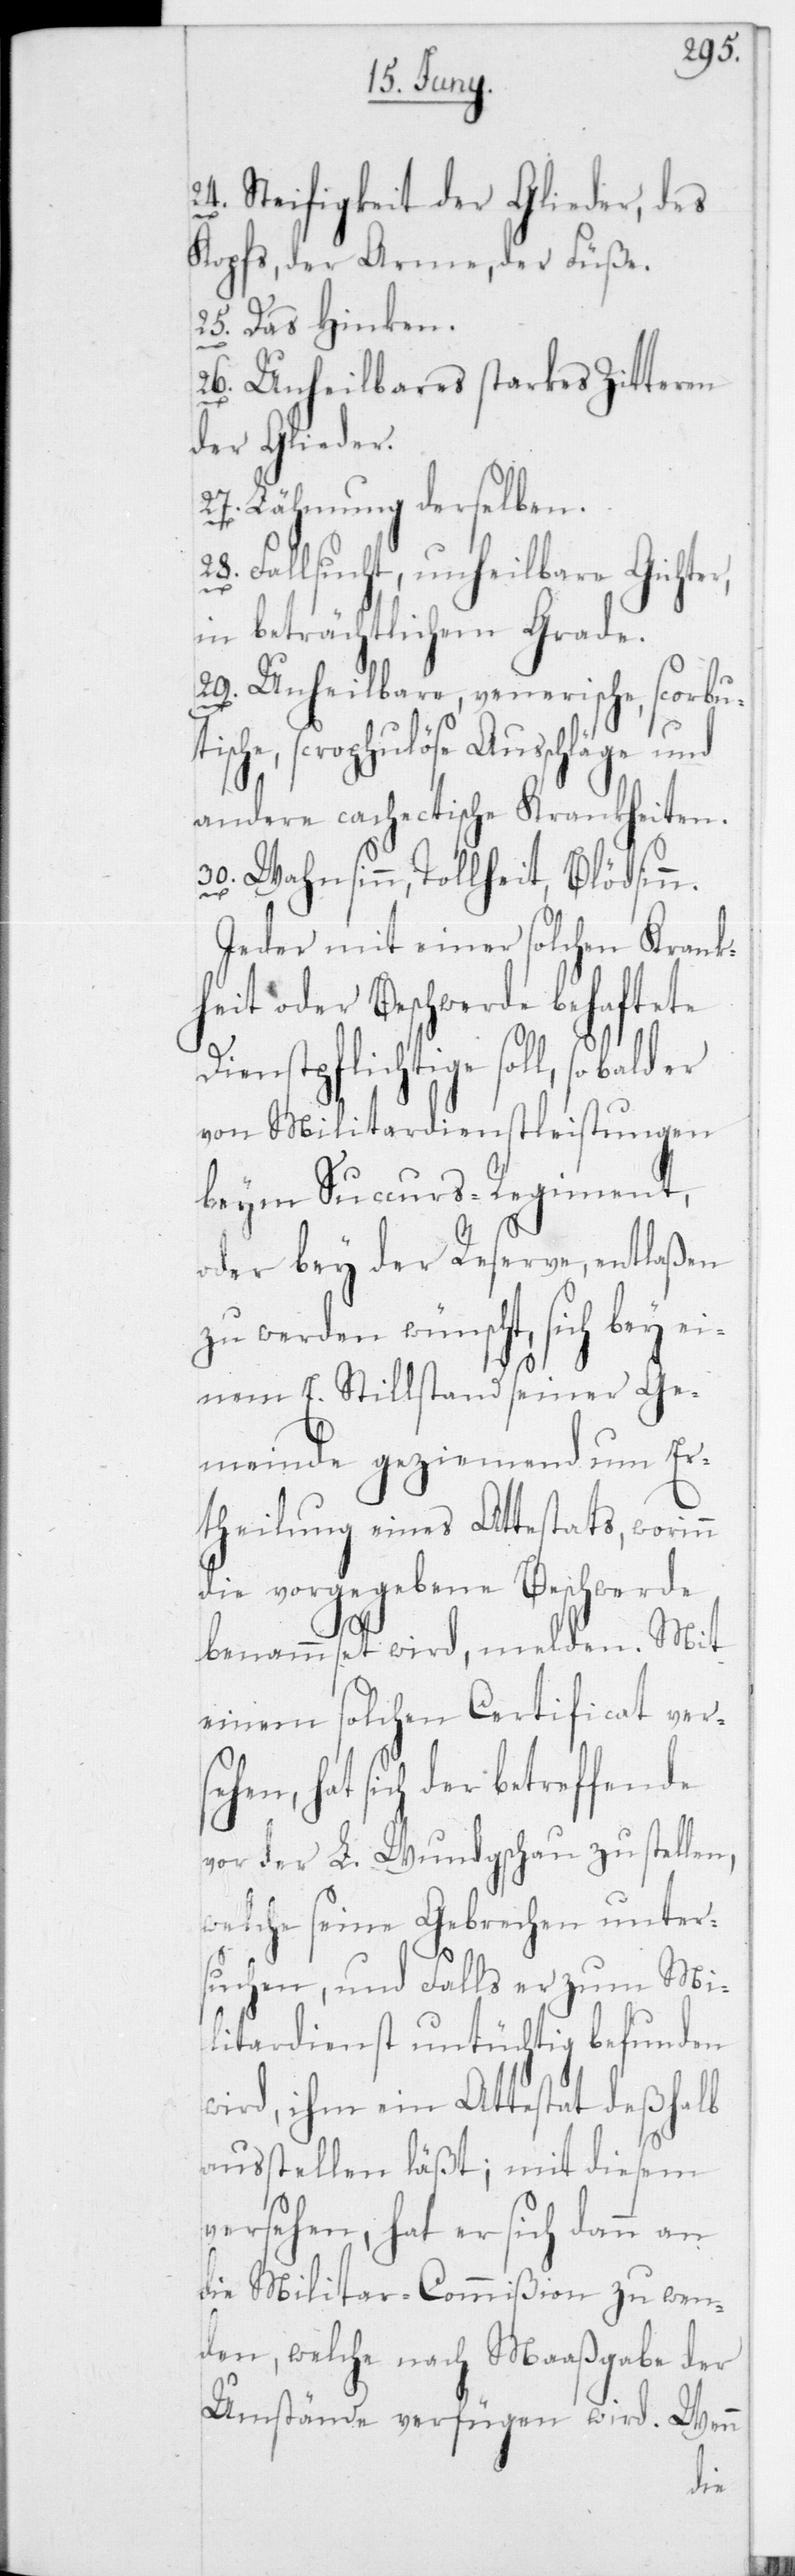
24. Steifigkeit der Glieder, des
Kopfs, der Arme, der Füße.
25. Das Hinken.
26. Unheilbares starkes Zitteren
der Glieder.
27. Lähmung derselben.
28. Fallsucht, unheilbare Gichte¬
in beträchtlichem Grade.
29. Unheilbare, venerische, scorbu¬
che, scrophulöse Ausschläge und
andere cachectische Krankheiten.
30. Wahnsinn, Tollheit, Blödsinn.
Jeder mit einer solchen Krank¬
heit oder Beschwerde behaftete
Dienstpflichtige soll, so bald
von Militardienstleistungen
beim Succurs-Regiment,
oder bey der Reserve, entlaßen
zu werden wünscht, sich bey ei¬
nem E. Stillstand seiner Ge¬
meinde geziemend um Er¬
theilung eines Attestats, worinn
die vorgegebene Beschwerde
r,
benammset wird, melden. Mit
einem solchen Certificat vers¬
ehen, hat sich der betreffende
vor der L. Wundgschau zu stellen,
welche seine Gebrechen unter¬
suchen, und falls er zum Mi¬
litardienst untüchtig befunden
wird, ihm ein Attestat deßhalb
ausstellen läßt; mit diesem
versehen, hat er sich dann an
die Militar-Commißion zu wen¬
den, welche nach Maaßgabe der
Umstände verfügen wird. Wenn
tis¬